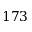
1 7 3